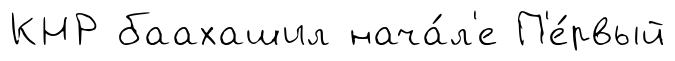
КНР баахашил нача́л'е П'е́рвый